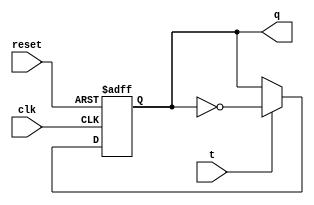
module t_latch (
    input wire t,
    input wire clk,
    input wire reset,
    output reg q
);

always @(posedge clk or posedge reset) begin
    if (reset) begin
        q <= 1'b0;
    end else begin
        if (t) begin
            q <= ~q;
        end
    end
end

endmodule